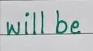
will be